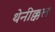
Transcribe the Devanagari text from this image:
थेनीक्कल